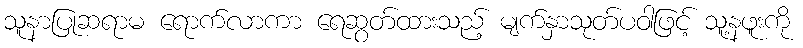
သူနာပြုဆရာမ ရောက်လာကာ ရေဆွတ်ထားသည့် မျက်နှာသုတ်ပဝါဖြင့် သူ့နဖူးကို